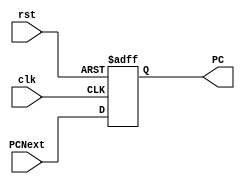
module PC_reg(
    input wire               clk    ,
    input wire               rst    ,
    input wire  [31:0]       PCNext ,
    output reg  [31:0]       PC
);

always @(posedge clk or negedge rst)
begin
    if(!rst)
    begin
        PC <= 32'b0 ;
    end
    else
    begin
        PC <= PCNext ;
    end
end

endmodule